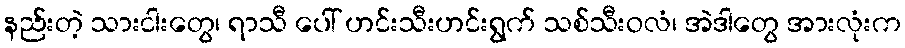
နည်းတဲ့ သားငါးတွေ၊ ရာသီ ပေါ် ဟင်းသီးဟင်းရွက် သစ်သီးဝလံ၊ အဲဒါတွေ အားလုံးက